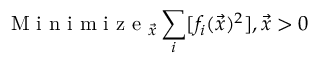
\mathrm { ~ M ~ i ~ n ~ i ~ m ~ i ~ z ~ e ~ } _ { \vec { x } } \sum _ { i } [ f _ { i } ( \vec { x } ) ^ { 2 } ] , \vec { x } > 0